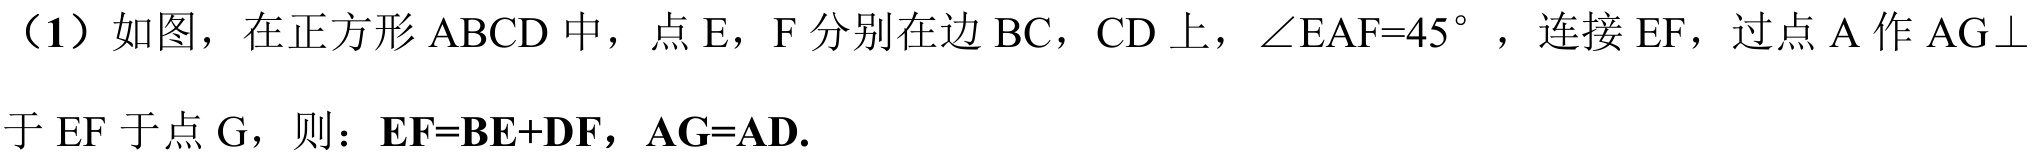
（1）如图，在正方形\(ABCD\)中，点\(E\)，\(F\)分别在边\(BC\)，\(CD\)上，\(\angle EAF = 45^{\circ}\)，连接\(EF\)，过点\(A\)作\(AG\perp\)于\(EF\)于点\(G\)，则：\(EF = BE + DF\)，\(AG = AD\).